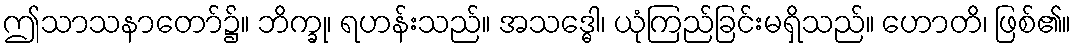
ဤသာသနာတော်၌။ ဘိက္ခု၊ ရဟန်းသည်။ အသဒ္ဓေါ၊ ယုံကြည်ခြင်းမရှိသည်။ ဟောတိ၊ ဖြစ်၏။